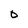
Character: O